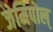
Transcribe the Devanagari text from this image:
जेमिपोल्